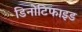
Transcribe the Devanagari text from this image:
डिनोटिफाइड